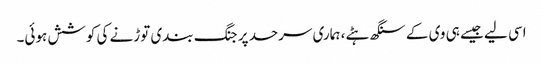
اسی لیے جیسے ہی وی کے سنگھ ہٹے، ہماری سرحد پر جنگ بندی توڑنے کی کوشش ہوئی۔